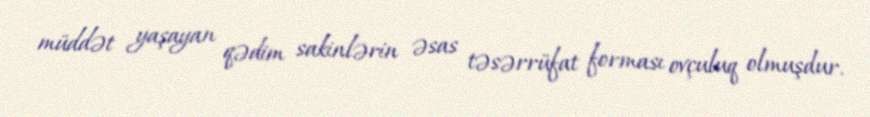
müddət yaşayan qədim sakinlərin əsas təsərrüfat forması ovçuluq olmuşdur.